Indian journal of veterinary science and animal husbandry - Volumes 26-27, 1956-1957
Year: 1956
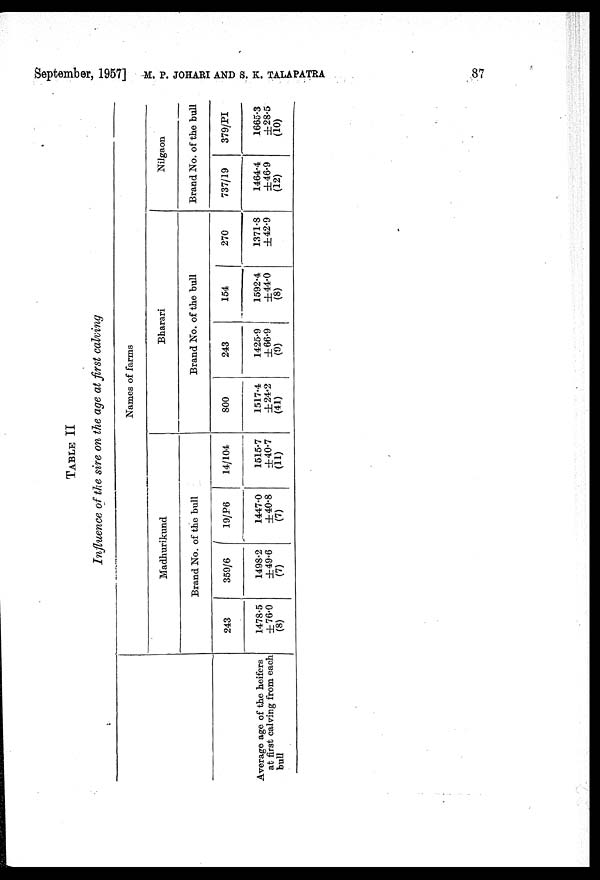
September, 1957] M. P. JOHARI AND S. K. TALAPATRA 87
TABLE II
Influence of the sire on the age at first calving
Average age of the heifers
at first calving from each
bull
Names of farms
Madhurikund
Brand No. of the bull
243
1478.5
±76.0
(8)
359/6
1498.2
±49.6
(7)
19/P6
1447.0
±40.8
(7)
14/104
1515.7
±40.7
(11)
Bharari
Brand No. of the bull
800
1517.4
±24.2
(41)
243
1425.9
±66.9
(9)
154
1592.4
±44.0
(8)
270
1371.8
±42.9
Nilgaon
Brand No. of the bull
737/19
1464.4
±46.9
(12)
379/PI
1665.3
±28.5
(10)